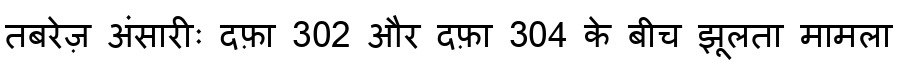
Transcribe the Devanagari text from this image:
तबरेज़ अंसारीः दफ़ा 302 और दफ़ा 304 के बीच झूलता मामला